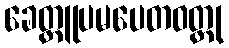
ခေတ္တူပမပေတဝတ္ထု